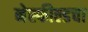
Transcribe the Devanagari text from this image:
नेस्फील्डचा